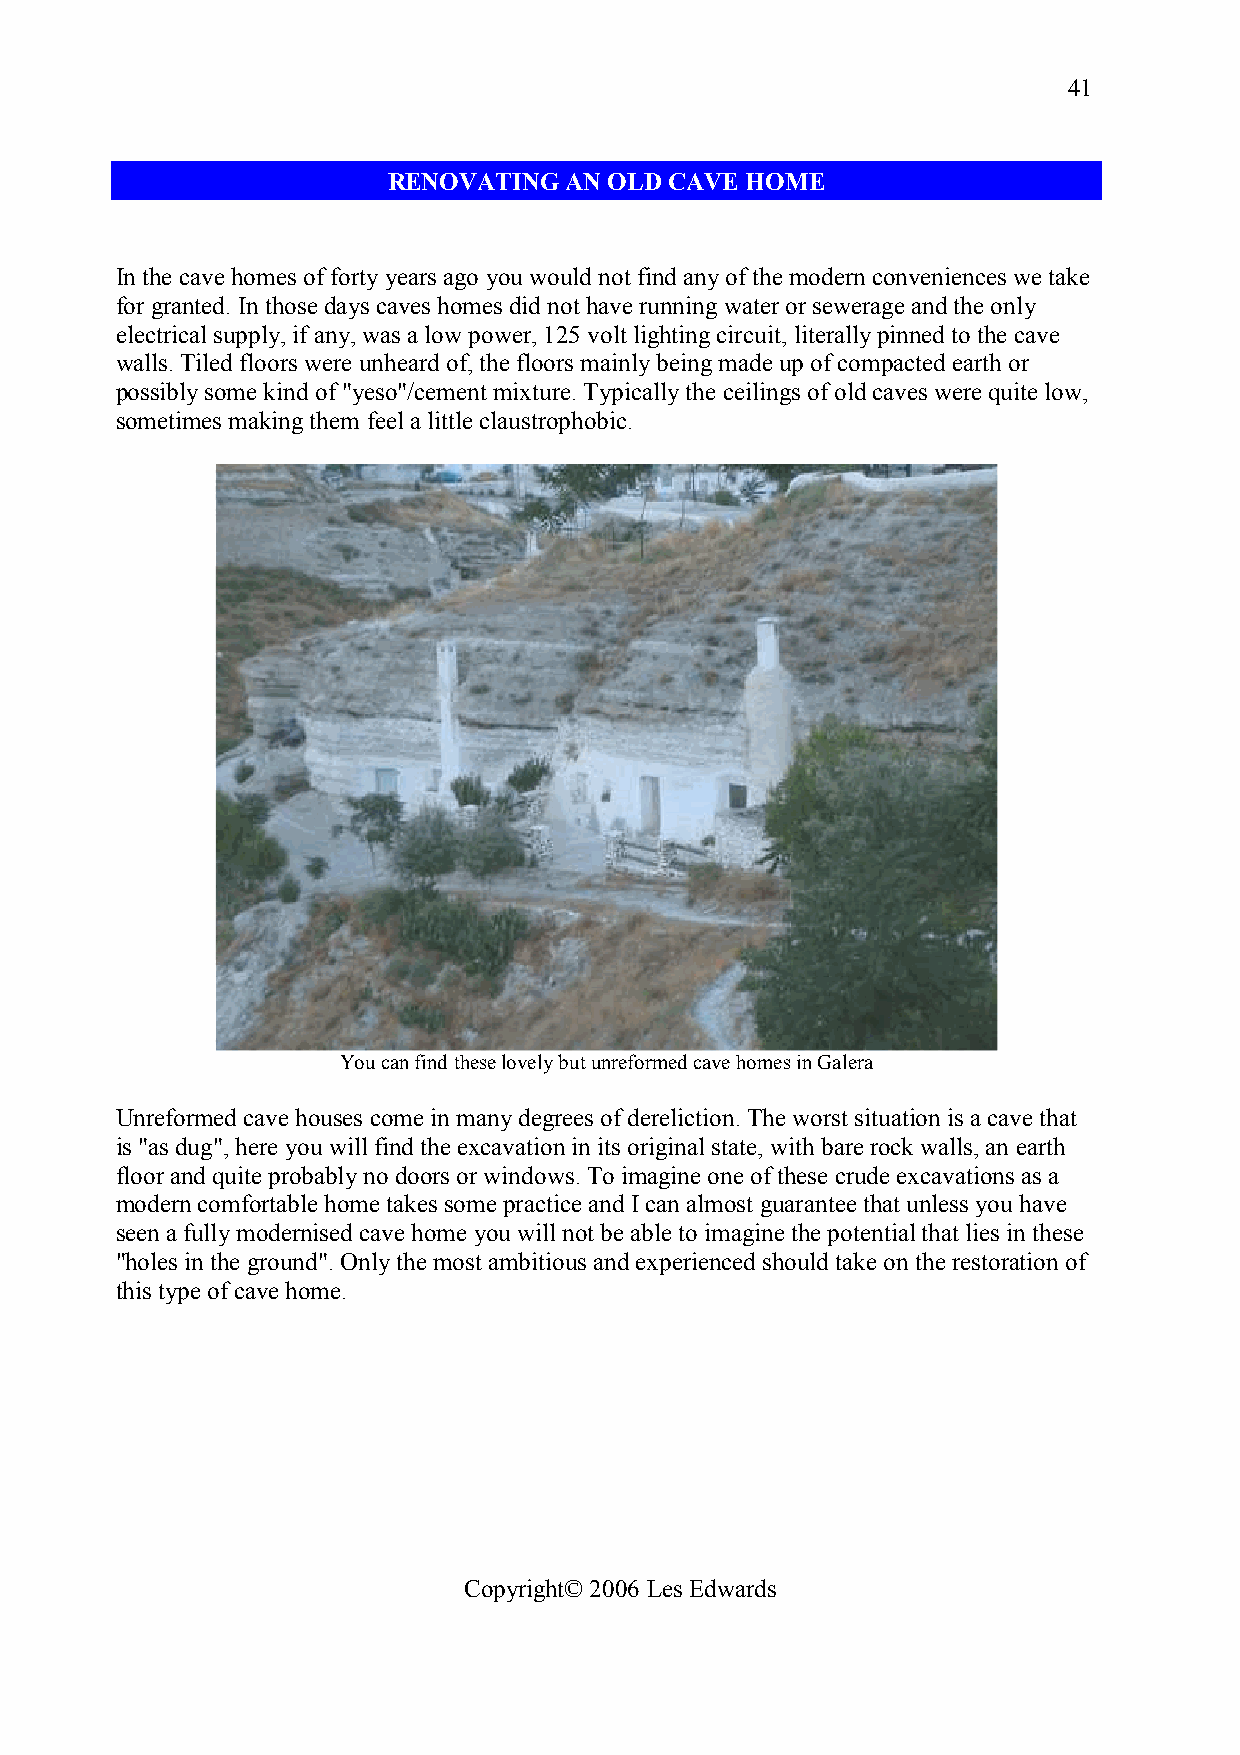
41
 RENOVATING AN OLD CAVE HOME
 In the cave homes of forty years ago you would not find any of the modern conveniences we take
 for granted. In those days caves homes did not have running water or sewerage and the only
 electrical supply, if any, was a low power, 125 volt lighting circuit, literally pinned to the cave
 walls. Tiled floors were unheard of, the floors mainly being made up of compacted earth or
 possibly some kind of "yeso"/cement mixture. Typically the ceilings of old caves were quite low,
 sometimes making them feel a little claustrophobic.
 You can find these lovely but unreformed cave homes in Galera
 Unreformed cave houses come in many degrees of dereliction. The worst situation is a cave that
 is "as dug", here you will find the excavation in its original state, with bare rock walls, an earth
 floor and quite probably no doors or windows. To imagine one of these crude excavations as a
 modern comfortable home takes some practice and I can almost guarantee that unless you have
 seen a fully modernised cave home you will not be able to imagine the potential that lies in these
 "holes in the ground". Only the most ambitious and experienced should take on the restoration of
 this type of cave home.
 Copyright© 2006 Les Edwards